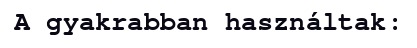
A gyakrabban használtak: